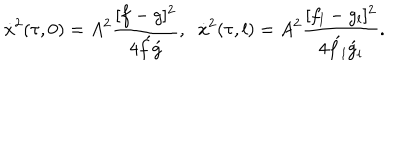
\dot { x } ^ { 2 } ( \tau , 0 ) = A ^ { 2 } \frac { [ f - g ] ^ { 2 } } { 4 \acute { f } \acute { g } } , \; \; \dot { x } ^ { 2 } ( \tau , l ) = A ^ { 2 } \frac { [ f _ { l } - g _ { l } ] ^ { 2 } } { 4 \acute { f } _ { l } \acute { g } _ { l } } .